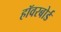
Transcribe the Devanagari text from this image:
हॉवरबोर्ड